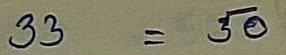
33 = 50